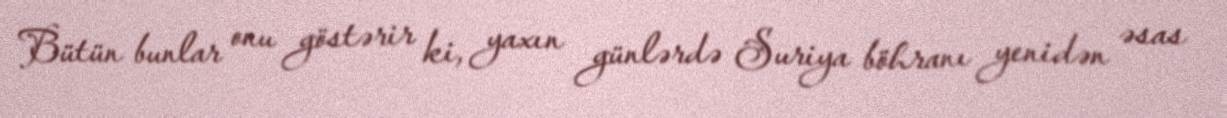
Bütün bunlar onu göstərir ki, yaxın günlərdə Suriya böhranı yenidən əsas